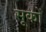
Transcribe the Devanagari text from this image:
सूकों